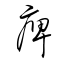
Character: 痺